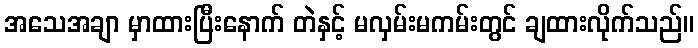
အသေအချာ မှာထားပြီးနောက် တဲနှင့် မလှမ်းမကမ်းတွင် ချထားလိုက်သည်။